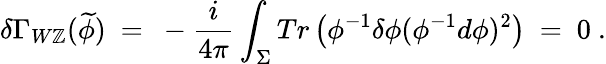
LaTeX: \delta\Gamma_{W\mathbb{Z}}(\widetilde{{\phi}})\ =\ -\frac{{i}}{{4\pi}}\int_{\Sigma}Tr\left(\phi^{-1}\delta\phi(\phi^{-1}d\phi)^{2}\right)\ =\ 0\ .